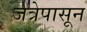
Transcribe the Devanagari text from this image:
जत्रेपासून